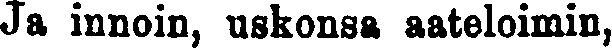
Ja innoin, uskonsa aateloimin,